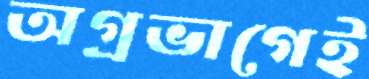
অগ্রভাগেই